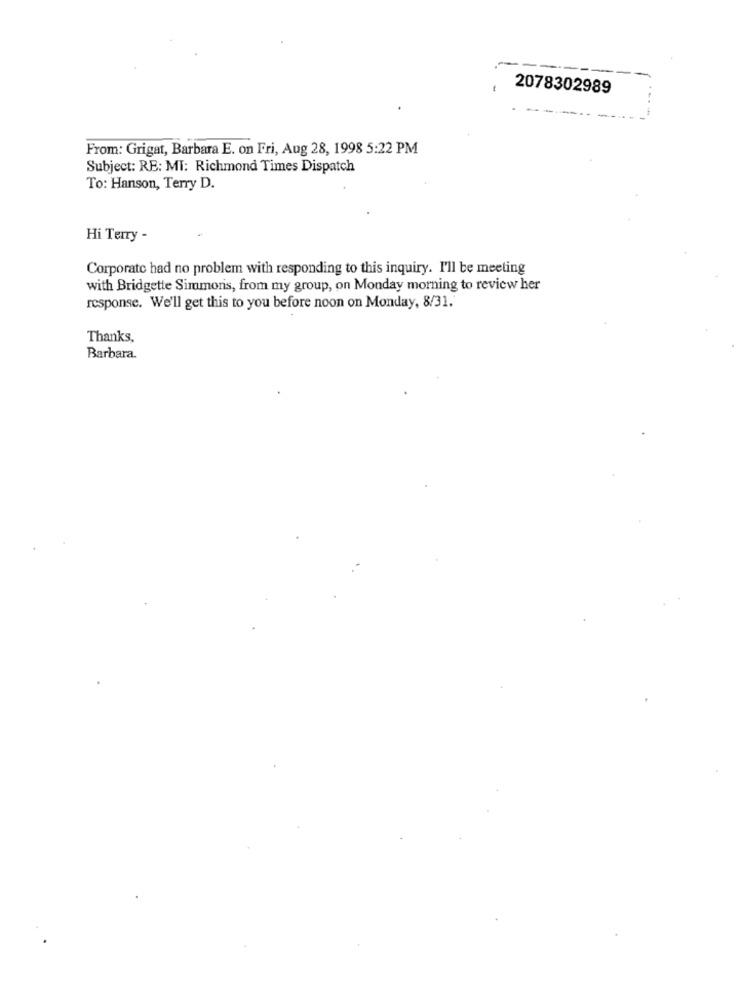
2078302989
From: Grigat, Barbara E. on Fri, Aug 28, 1998 5:22 PM
Subject: RE: MI: Richmond Times Dispatch
To: Hanson, Terry D.
Hi Terry -
Corporate had no problem with responding to this inquiry. I'll be meeting
with Bridgette Simmons, from my group, on Monday morning to review her
response. We'll get this to you before noon on Monday, 8/31.
Thanks,
Barbara.